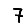
Digit: 7